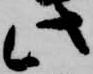
此